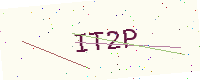
Text: IT2P